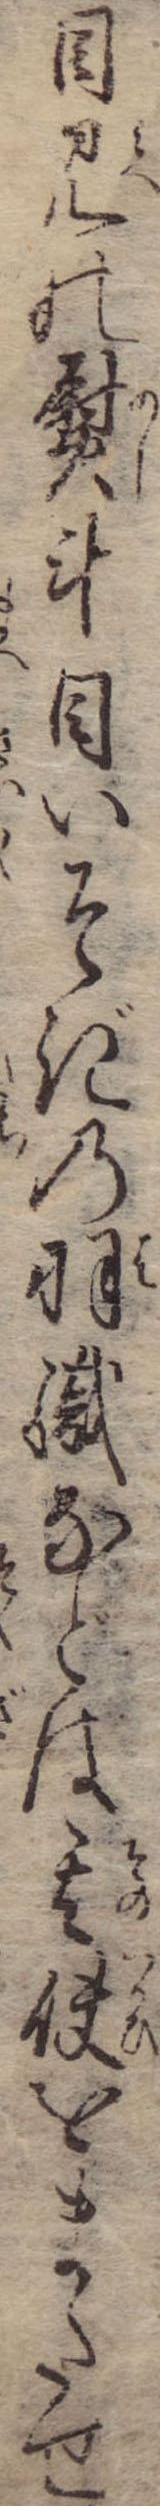
目見の熨斗目いそぎの羽織などは其使をまたせ